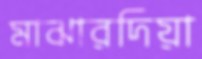
মাঝারদিয়া